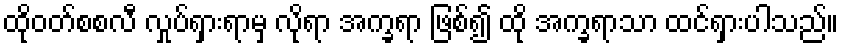
ထိုဝတ်စစလီ လှုပ်ရှားရာမှ လိုရာ အက္ခရာ ဖြစ်၍ ထို အက္ခရာသာ ထင်ရှားပါသည်။